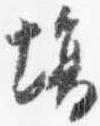
場